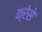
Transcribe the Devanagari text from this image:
क्रेसे